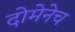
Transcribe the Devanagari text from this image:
दोमेनेच